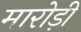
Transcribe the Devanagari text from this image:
मारोड़ी